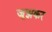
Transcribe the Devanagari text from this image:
जूझकर